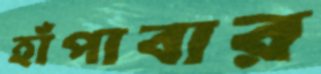
হাঁপাবার